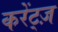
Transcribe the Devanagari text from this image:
करेंट्ज़